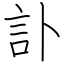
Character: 訃